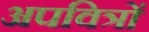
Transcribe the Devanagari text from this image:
अपवित्रों